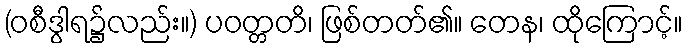
(ဝစီဒွါရ၌လည်း။) ပဝတ္တတိ၊ ဖြစ်တတ်၏။ တေန၊ ထိုကြောင့်။